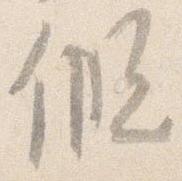
仮